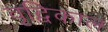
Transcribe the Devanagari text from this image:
वृद्विकाल